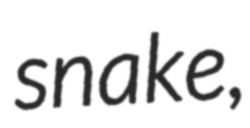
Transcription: snake,